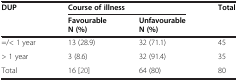
<table><thead><tr><td rowspan="2"><b>DUP</b></td><td><b>Course of illness</b></td><td rowspan="2"><b>Total</b></td><td><b> </b></td></tr><tr><td><b>FavourableN (%)</b></td><td><b>UnfavourableN (%)</b></td></tr></thead><tbody><tr><td>=/&lt; 1 year</td><td>13 (28.9)</td><td>32 (71.1)</td><td>45</td></tr><tr><td>&gt; 1 year</td><td>3 (8.6)</td><td>32 (91.4)</td><td>35</td></tr><tr><td>Total</td><td>16 (20)</td><td>64 (80)</td><td>80</td></tr></tbody></table>